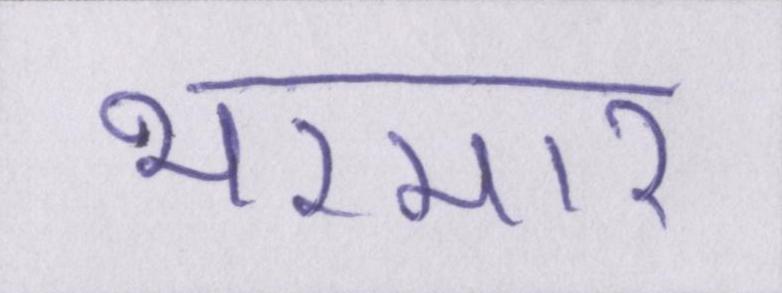
भरमार